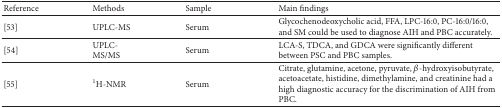
<table><thead><tr><td><b>Reference</b></td><td><b>Methods</b></td><td><b>Sample</b></td><td><b>Main findings</b></td></tr></thead><tbody><tr><td>[53]</td><td>UPLC-MS</td><td>Serum</td><td>Glycochenodeoxycholic acid, FFA, LPC-16:0, PC-16:0/16:0, and SM could be used to diagnose AIH and PBC accurately.</td></tr><tr><td>[54]</td><td>UPLC-MS/MS</td><td>Serum</td><td>LCA-S, TDCA, and GDCA were significantly different between PSC and PBC samples.</td></tr><tr><td>[55]</td><td><sup>1</sup>H-NMR</td><td>Serum</td><td>Citrate, glutamine, acetone, pyruvate, <i>β</i>-hydroxyisobutyrate, acetoacetate, histidine, dimethylamine, and creatinine had a high diagnostic accuracy for the discrimination of AIH from PBC.</td></tr></tbody></table>